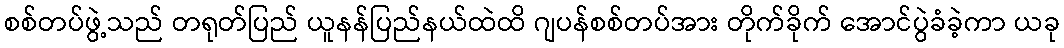
စစ်တပ်ဖွဲ့သည် တရုတ်ပြည် ယူနန်ပြည်နယ်ထဲထိ ဂျပန်စစ်တပ်အား တိုက်ခိုက် အောင်ပွဲခံခဲ့ကာ ယခု